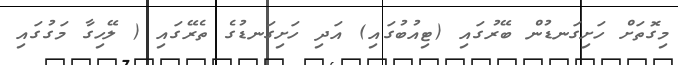
މިގޮތަށް ހަށިގަނޑުން ބޭރުގައި (ޓިއުބުގައި) އަދި ހަށިގަނޑުގެ ތެރޭގައި ( ލޭހިގާ މަގުގައި